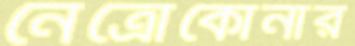
নেত্রোকোনার